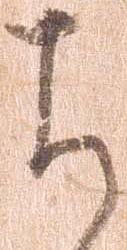
ち